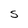
Character: S